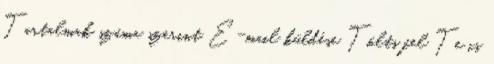
Tartalmak száma szerint E-mail küldése Tölts fel Te is